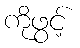
ကိုဖွင့်